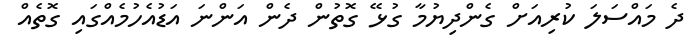
ދެ މައްސަލަ ކުރިއަށް ގެންދިޔުމާ ގުޅޭ ގޮތުން ދެން އަންނަ އަޑުއެހުމެއްގައި ގޮތެއް